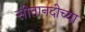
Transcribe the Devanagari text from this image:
सीतानदीच्या